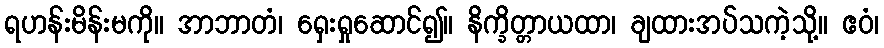
ရဟန်းမိန်းမကို။ အာဘာတံ၊ ရှေးရှုဆောင်၍။ နိက္ခိတ္တာယထာ၊ ချထားအပ်သကဲ့သို့။ ဧဝံ၊